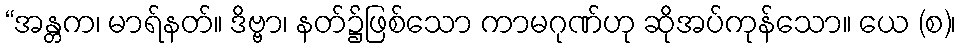
“အန္တက၊ မာရ်နတ်။ ဒိဗ္ဗာ၊ နတ်၌ဖြစ်သော ကာမဂုဏ်ဟု ဆိုအပ်ကုန်သော။ ယေ (စ)၊